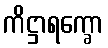
ကိဋ္ဌာရက္ခော